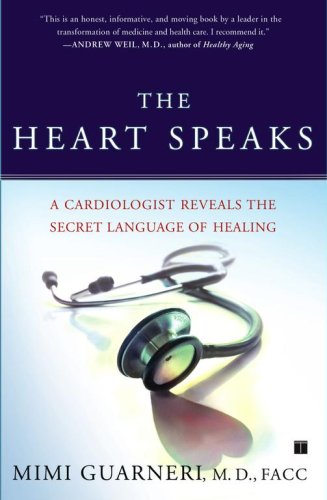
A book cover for The Heart Speaks: A Cardiologist Reveals the Secret Language of Healing; M.D. Mimi Guarneri M.D.  FACC; Health, Fitness & Dieting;